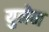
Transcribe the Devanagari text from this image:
युनेन